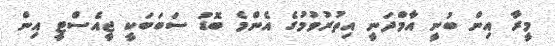
މީރާ އިން ބުނީ އާމްދަނީ އިތުރުވުމުގެ އެންމެ ބޮޑު ސަބަބަކީ ޖީއެސްޓީ އިން